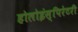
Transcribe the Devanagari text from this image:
होलोइंस्पिरेटरी